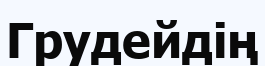
Грудейдің